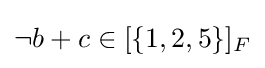
{\textstyle \neg b+c\in [\{1,2,5\}]_{F}}